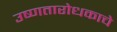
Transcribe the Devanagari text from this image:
उष्णतारोधकाचे